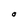
Character: O